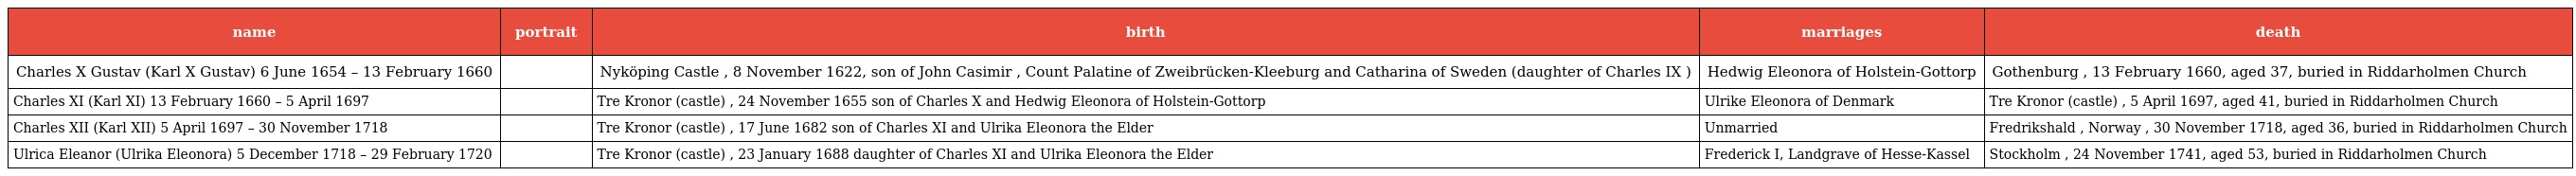
| name | portrait | birth | marriages | death |
 | --- | --- | --- | --- | --- |
 | Charles X Gustav (Karl X Gustav) 6 June 1654 – 13 February 1660 |  | Nyköping Castle , 8 November 1622, son of John Casimir , Count Palatine of Zweibrücken-Kleeburg and Catharina of Sweden (daughter of Charles IX ) | Hedwig Eleonora of Holstein-Gottorp | Gothenburg , 13 February 1660, aged 37, buried in Riddarholmen Church |
 | Charles XI (Karl XI) 13 February 1660 – 5 April 1697 |  | Tre Kronor (castle) , 24 November 1655 son of Charles X and Hedwig Eleonora of Holstein-Gottorp | Ulrike Eleonora of Denmark | Tre Kronor (castle) , 5 April 1697, aged 41, buried in Riddarholmen Church |
 | Charles XII (Karl XII) 5 April 1697 – 30 November 1718 |  | Tre Kronor (castle) , 17 June 1682 son of Charles XI and Ulrika Eleonora the Elder | Unmarried | Fredrikshald , Norway , 30 November 1718, aged 36, buried in Riddarholmen Church |
 | Ulrica Eleanor (Ulrika Eleonora) 5 December 1718 – 29 February 1720 |  | Tre Kronor (castle) , 23 January 1688 daughter of Charles XI and Ulrika Eleonora the Elder | Frederick I, Landgrave of Hesse-Kassel | Stockholm , 24 November 1741, aged 53, buried in Riddarholmen Church |